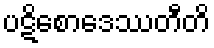
ပဋိစောဒေဿတီတိ